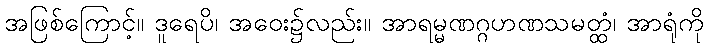
အဖြစ်ကြောင့်။ ဒူရေပိ၊ အဝေး၌လည်း။ အာရမ္မဏဂ္ဂဟဏသမတ္ထံ၊ အာရုံကို